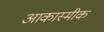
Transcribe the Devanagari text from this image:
आकास्मीक